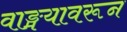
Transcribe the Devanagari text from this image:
वाङ्मयावरून